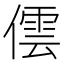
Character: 𠎉